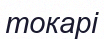
токарі